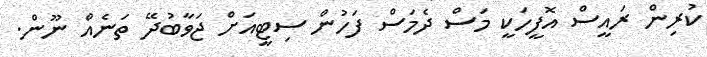
ކުރިން ރައީސް އޮފީހަކީ މަސް ދެމަސް ފަހުން ސިޓީއަށް ޖަވާބުދޭ ތަނެއް ނޫން.